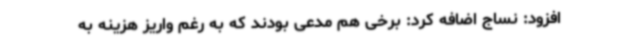
افزود: نساج اضافه کرد: برخی هم مدعی بودند که به رغم واریز هزینه به